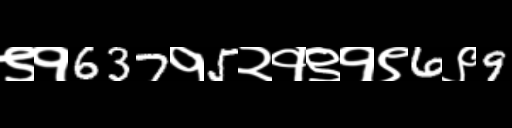
Text: ९१637१5२१९१९6९9